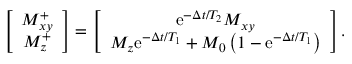
\begin{array} { r } { \left[ \begin{array} { c } { M _ { x y } ^ { + } } \\ { M _ { z } ^ { + } } \end{array} \right] = \left[ \begin{array} { c } { \mathrm { e } ^ { - \Delta t / T _ { 2 } } M _ { x y } } \\ { M _ { z } \mathrm { e } ^ { - \Delta t / T _ { 1 } } + M _ { 0 } \left( 1 - \mathrm { e } ^ { - \Delta t / T _ { 1 } } \right) } \end{array} \right] . } \end{array}